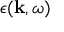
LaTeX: \epsilon ( \mathbf { k } , \omega )